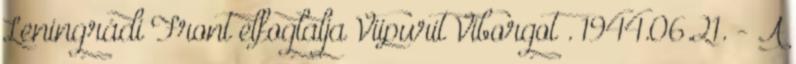
Leningrádi Front elfoglalja Viipurit Viborgot . 1944.06.21. - A